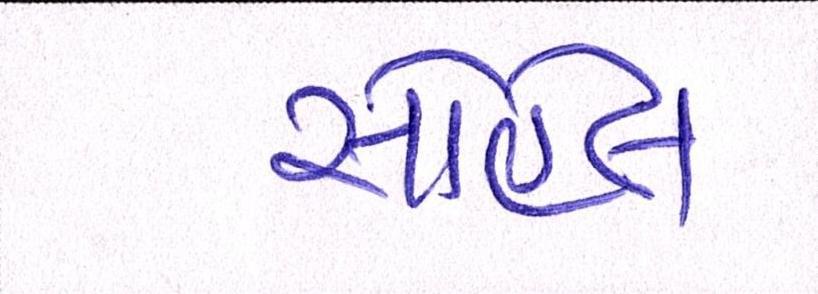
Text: સોહેલ